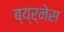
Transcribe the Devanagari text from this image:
ब्य्र्नेस